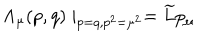
LaTeX: \Lambda _ { \mu } ( p , q ) \mid _ { p = q , p ^ { 2 } = \mu ^ { 2 } } = \widetilde { L } p _ { \mu }